Annual administration report of the Civil Veterinary Department of India - 1893-1894
Year: 1893
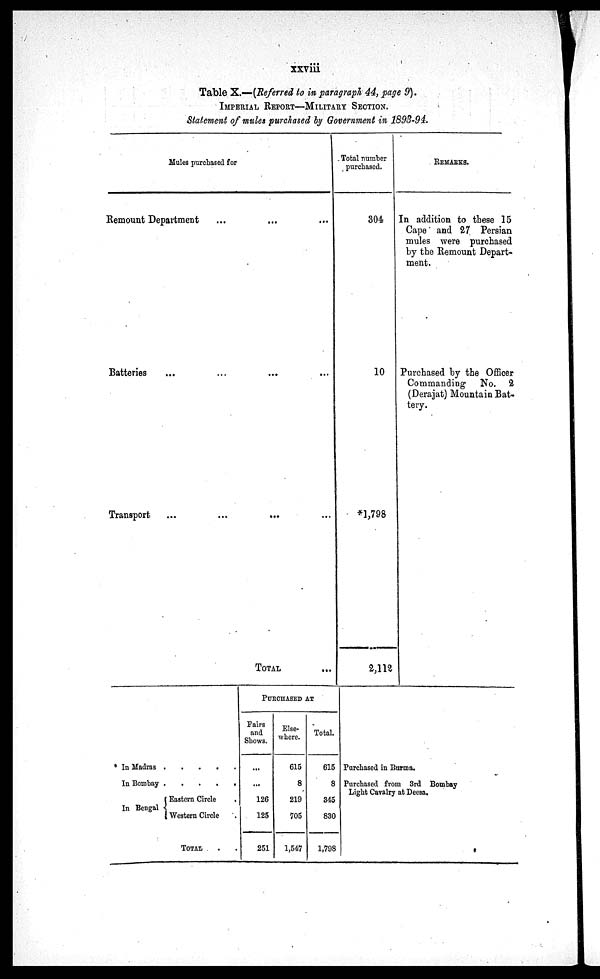
xxviii
Table X.—(Referred to in paragraph 44, page 9).
IMPERIAL REPORT—MILITARY SECTION.
Statement of mules purchased by Government in 1893-94.
Mules purchased for
Remount Department ... ... ...
Batteries ... ... ... ...
Transport ... ... ... ...
TOTAL ...
Total number
purchased.
304
10
*1,798
2,112
REMARKS.
In addition to these 15
Cape and 27 Persian
mules were purchased
by the Remount Depart-
ment.
Purchased by the Officer
Commanding No. 2
(Derajat) Mountain Bat-
tery.
* In Madras
In Bombay
In Bengal
Eastern Circle
.
Western Circle .
TOTAL . .
PURCHASED AT
Fairs
and
Shows.
...
...
126
125
251
Else-
where.
615
8
219
705
1,547
Total.
615
8
345
830
1,798
Purchased in Burma.
Purchased from 3rd Bombay
Light Cavalry at Deesa.